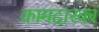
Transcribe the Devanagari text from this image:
कामदारका